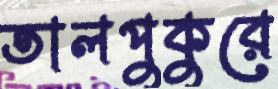
তালপুকুরে